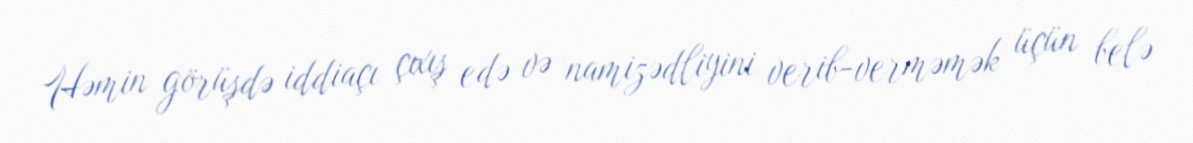
Həmin görüşdə iddiaçı çıxış edə və namizədliyini verib-verməmək üçün belə